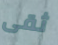
ثقى